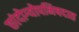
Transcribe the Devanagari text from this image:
छांदोग्योपनिषदात